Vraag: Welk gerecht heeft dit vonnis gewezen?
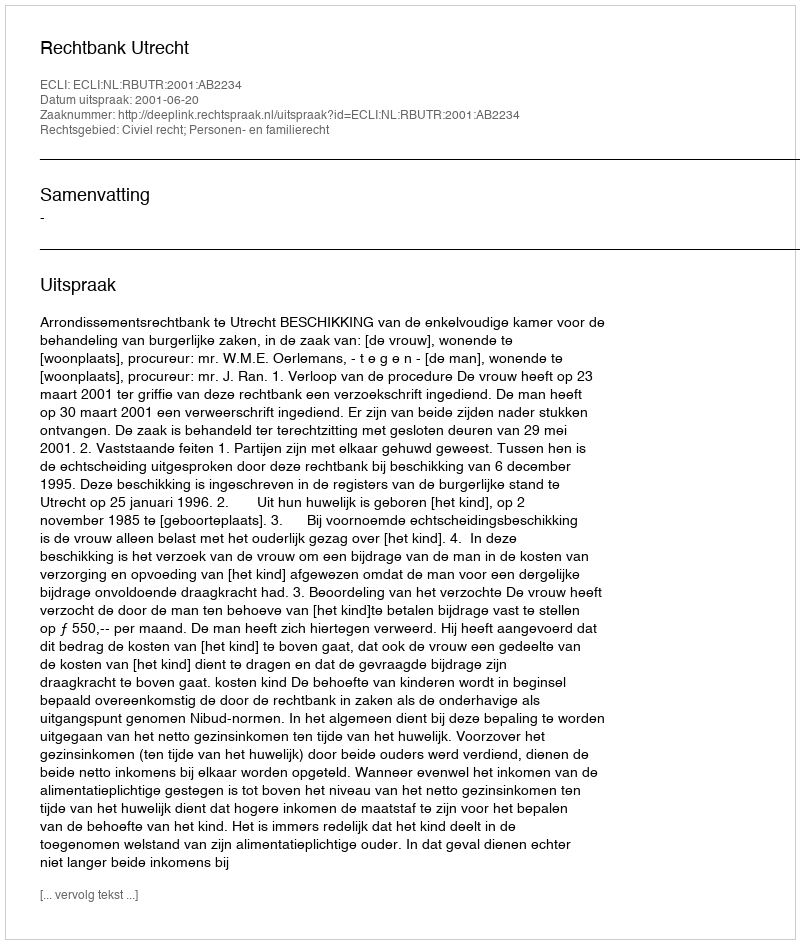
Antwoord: Rechtbank Utrecht